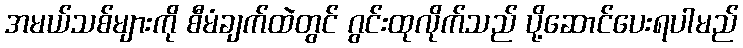
အမယ်သစ်များကို စီမံချက်ထဲတွင် ဂွင်းထုလိုက်သည် ပို့ဆောင်ပေးရပါမည်